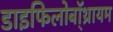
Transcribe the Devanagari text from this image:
डाइफिलोबॉ्थ्रायम